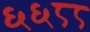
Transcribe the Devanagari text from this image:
६६८८